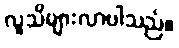
လူသိများလာပါသည်။